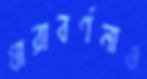
ধারাবর্ণনাও